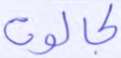
لجالوت